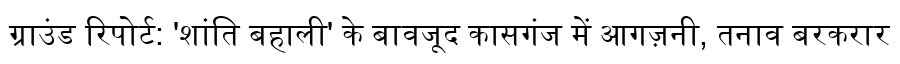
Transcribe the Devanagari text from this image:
ग्राउंड रिपोर्ट: 'शांति बहाली' के बावजूद कासगंज में आगज़नी, तनाव बरकरार